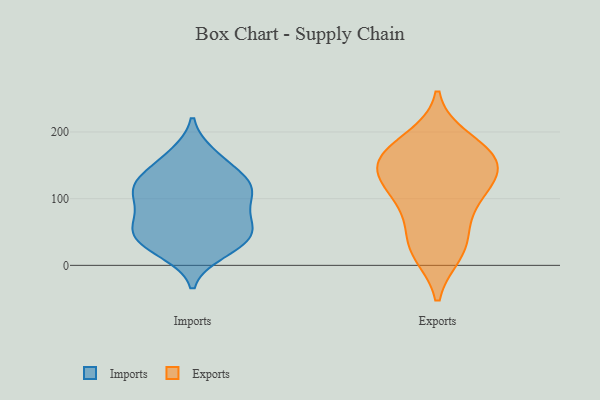
{"axis": {"x": "Latency (ms)", "y": "Value"}, "legend": ["Exports", "Imports"], "data": [{"x": "", "y": 87, "type": "Imports"}, {"x": "", "y": 42, "type": "Imports"}, {"x": "", "y": 57, "type": "Imports"}, {"x": "", "y": 121, "type": "Imports"}, {"x": "", "y": 92, "type": "Imports"}, {"x": "", "y": 143, "type": "Imports"}, {"x": "", "y": 26, "type": "Imports"}, {"x": "", "y": 31, "type": "Imports"}, {"x": "", "y": 59, "type": "Imports"}, {"x": "", "y": 167, "type": "Imports"}, {"x": "", "y": 118, "type": "Imports"}, {"x": "", "y": 60, "type": "Imports"}, {"x": "", "y": 124, "type": "Imports"}, {"x": "", "y": 62, "type": "Imports"}, {"x": "", "y": 114, "type": "Imports"}, {"x": "", "y": 104, "type": "Imports"}, {"x": "", "y": 19, "type": "Imports"}, {"x": "", "y": 163, "type": "Imports"}, {"x": "", "y": 38, "type": "Imports"}, {"x": "", "y": 124, "type": "Imports"}, {"x": "", "y": 188, "type": "Exports"}, {"x": "", "y": 37, "type": "Exports"}, {"x": "", "y": 121, "type": "Exports"}, {"x": "", "y": 146, "type": "Exports"}, {"x": "", "y": 26, "type": "Exports"}, {"x": "", "y": 167, "type": "Exports"}, {"x": "", "y": 91, "type": "Exports"}, {"x": "", "y": 127, "type": "Exports"}, {"x": "", "y": 89, "type": "Exports"}, {"x": "", "y": 20, "type": "Exports"}, {"x": "", "y": 170, "type": "Exports"}, {"x": "", "y": 158, "type": "Exports"}, {"x": "", "y": 146, "type": "Exports"}]}